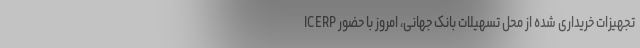
ICERP تجهیزات خریداری شده از محل تسهیلات بانک جهانی، امروز با حضور